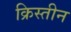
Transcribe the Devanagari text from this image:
क्रिस्तीन